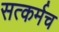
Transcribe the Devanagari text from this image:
सत्कर्मच